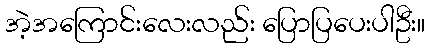
အဲ့အကြောင်းလေးလည်း ပြောပြပေးပါဦး။